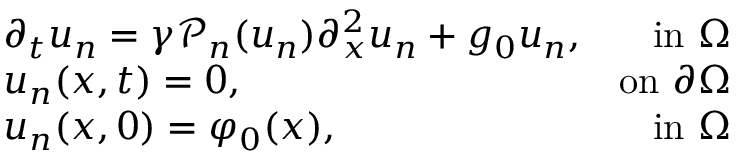
\begin{array} { r l r } & { \partial _ { t } u _ { n } = \gamma \mathcal { P } _ { n } ( u _ { n } ) \partial _ { x } ^ { 2 } u _ { n } + g _ { 0 } u _ { n } , } & { \mathrm { i n ~ } \Omega } \\ & { u _ { n } ( x , t ) = 0 , } & { \mathrm { o n ~ } \partial \Omega } \\ & { u _ { n } ( x , 0 ) = \varphi _ { 0 } ( x ) , } & { \mathrm { i n ~ } \Omega } \end{array}